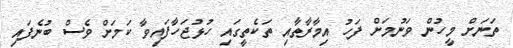
ތަނަށް މީހުން ވަނުމަށް ފަހު އިމާރާތާއި ތަކެތީގައި ހުޅުޖަހާފައިވާ ކަމަށް ވެސް ބުނެފައި